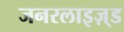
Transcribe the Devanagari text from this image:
जनरलाइज़्ड